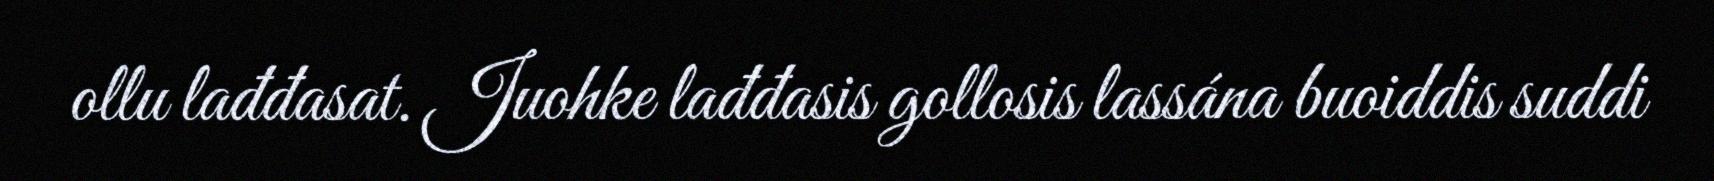
ollu lađđasat. Juohke lađđasis gollosis lassána buoiddis suddi